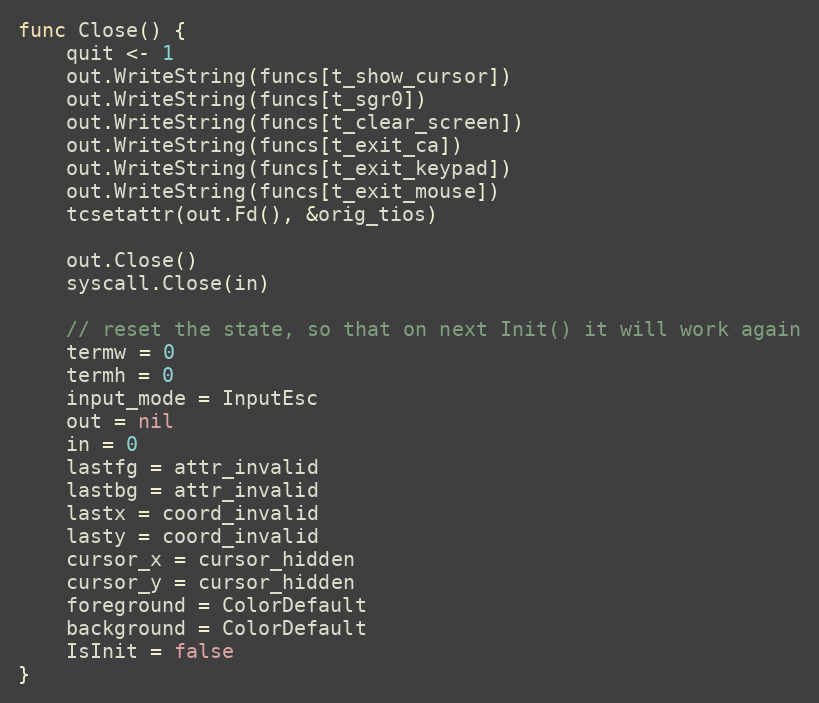
Language: Go
func Close() {
	quit <- 1
	out.WriteString(funcs[t_show_cursor])
	out.WriteString(funcs[t_sgr0])
	out.WriteString(funcs[t_clear_screen])
	out.WriteString(funcs[t_exit_ca])
	out.WriteString(funcs[t_exit_keypad])
	out.WriteString(funcs[t_exit_mouse])
	tcsetattr(out.Fd(), &orig_tios)

	out.Close()
	syscall.Close(in)

	// reset the state, so that on next Init() it will work again
	termw = 0
	termh = 0
	input_mode = InputEsc
	out = nil
	in = 0
	lastfg = attr_invalid
	lastbg = attr_invalid
	lastx = coord_invalid
	lasty = coord_invalid
	cursor_x = cursor_hidden
	cursor_y = cursor_hidden
	foreground = ColorDefault
	background = ColorDefault
	IsInit = false
}